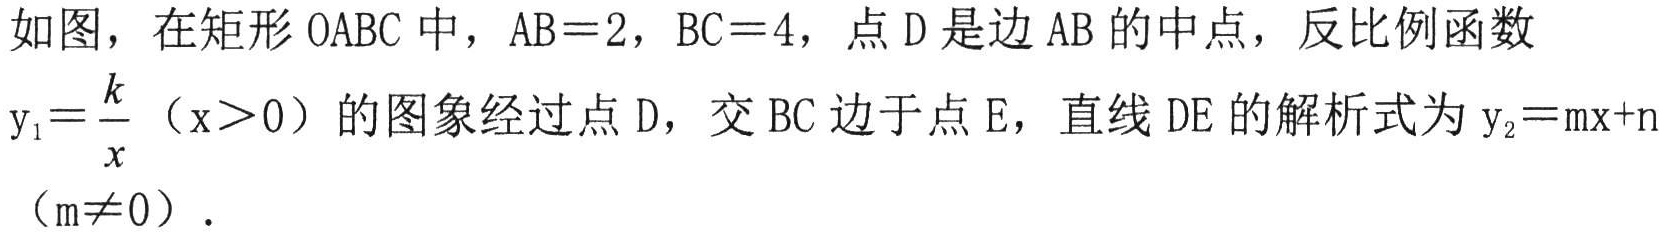
如图，在矩形 \(OABC\) 中，\(AB = 2\)，\(BC = 4\)，点 \(D\) 是边 \(AB\) 的中点，反比例函数 \(y_{1}=\dfrac{k}{x}\)（\(x > 0\)）的图象经过点 \(D\)，交 \(BC\) 边于点 \(E\)，直线 \(DE\) 的解析式为 \(y_{2}=mx + n\)（\(m\neq0\)）.